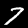
Label: 7